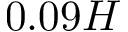
0 . 0 9 H